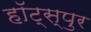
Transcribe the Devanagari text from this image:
हॉट्स्पुर